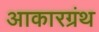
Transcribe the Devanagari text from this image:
आकारग्रंथ